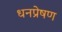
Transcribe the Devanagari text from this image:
धनप्रेषण